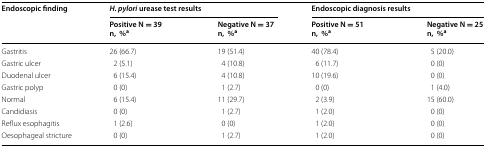
| <ROWSPAN=2> Endoscopic finding | <COLSPAN=2> H. pylori urease test results | <COLSPAN=2> Endoscopic diagnosis results |
 | Positive N = 39 n,%a | Negative N = 37 n,%a | Positive N = 51 n,%a | Negative N = 25 n,%a |
 | --- | --- | --- | --- | --- |
 | Gastritis | 26 (66.7) | 19 (51.4) | 40 (78.4) | 5 (20.0) |
 | Gastric ulcer | 2 (5.1) | 4 (10.8) | 6 (11.7) | 0 (0) |
 | Duodenal ulcer | 6 (15.4) | 4 (10.8) | 10 (19.6) | 0 (0) |
 | Gastric polyp | 0 (0) | 1 (2.7) | 0 (0) | 1 (4.0) |
 | Normal | 6 (15.4) | 11 (29.7) | 2 (3.9) | 15 (60.0) |
 | Candidiasis | 0 (0) | 1 (2.7) | 1 (2.0) | 0 (0) |
 | Reflux esophagitis | 1 (2.6) | 0 (0) | 1 (2.0) | 0 (0) |
 | Oesophageal stricture | 0 (0) | 1 (2.7) | 1 (2.0) | 0 (0) |